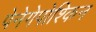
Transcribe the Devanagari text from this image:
पेनेगेपोश्किन